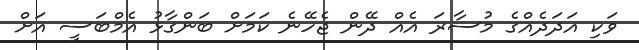
ވަކި އަދަދެއްގެ މުސާރަ އެއް ދޭން ޖެހޭނެ ކަމަށް ބަންގާޅު އެމްބަސީ އަށް